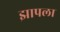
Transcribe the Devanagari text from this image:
झापला